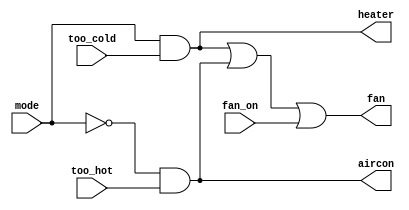
module top_module (
    input too_cold,
    input too_hot,
    input mode,
    input fan_on,
    output heater,
    output aircon,
    output fan
); 
    assign heater = mode&too_cold;
    assign aircon = ~mode&too_hot;
    assign fan = (heater|aircon) | (fan_on); // same as heater | aircon | fan_on
endmodule

/* non-success ver.

module top_module (
    input too_cold,
    input too_hot,
    input mode,
    input fan_on,
    output heater,
    output aircon,
    output fan
); 
    always @(*) begin
        if(mode&too_cold) begin
            assign heater=1'b1;                     // all LHS in always blocks must be of 'reg' type. 
        end
        else if(~mode&too_hot) begin
            assign {heater, aircon} = {1'b0, 1'b1}; // assign inside an always block is not synthesizable and should not be used.
    end
    assign fan = (heater|aircon) | (fan_on);
endmodule
*/